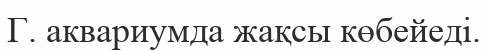
Г. аквариумда жақсы көбейеді.